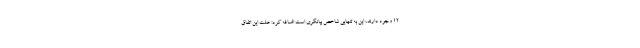
۱۲ وجود دارند، این به تنهایی شاخص بیانگری است اضافه کرد: علت این اتفاق